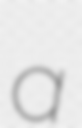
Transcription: a